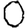
Digit: 0